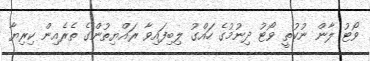
ވޯޓު ލާން ނުކުތީ ވޯޓު ދިނުމުގެ ހައްގު ލިބިފައިވާ ރަައްޔިތުންގެ ތެރެއިން ކިރިޔާ